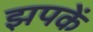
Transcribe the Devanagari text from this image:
झपकें